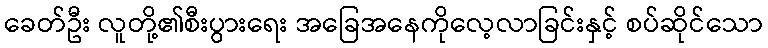
ခေတ်ဦး လူတို့၏စီးပွားရေး အခြေအနေကိုလေ့လာခြင်းနှင့် စပ်ဆိုင်သော